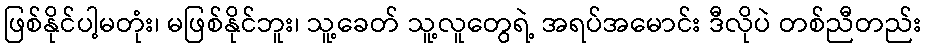
ဖြစ်နိုင်ပါ့မတုံး၊ မဖြစ်နိုင်ဘူး၊ သူ့ခေတ် သူ့လူတွေရဲ့ အရပ်အမောင်း ဒီလိုပဲ တစ်ညီတည်း